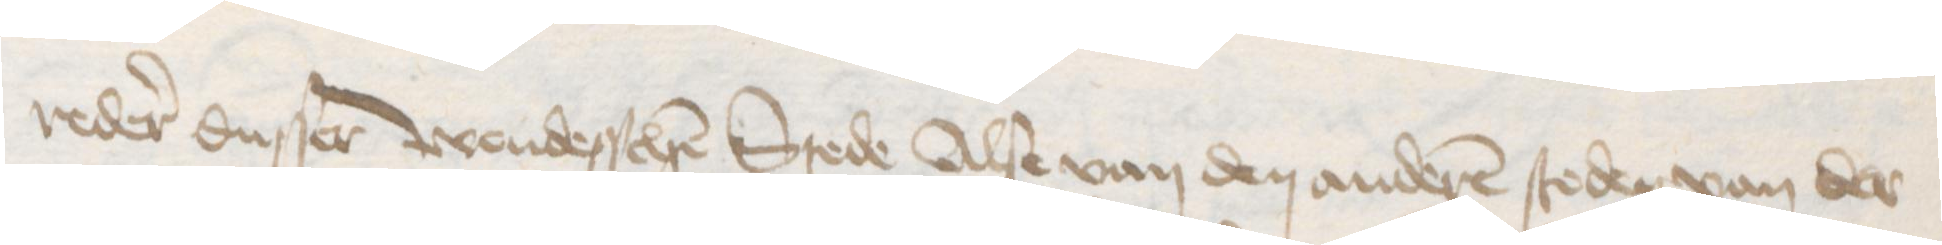
reder dusser wendesschen Stede Alse van den anderen steden van der